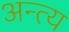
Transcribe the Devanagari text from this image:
अन्‍त्‍य